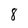
Character: 8